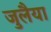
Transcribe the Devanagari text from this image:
जुलैया